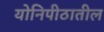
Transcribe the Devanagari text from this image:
योनिपीठातील